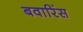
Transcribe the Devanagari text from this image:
बवारिंस